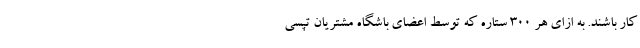
کار باشند. به ازای هر ۳۰۰ ستاره که توسط اعضای باشگاه مشتریان تپسی